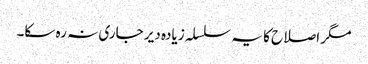
مگر اصلاح کا یہ سلسلہ زیادہ دیر جاری نہ رہ سکا۔